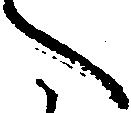
へ